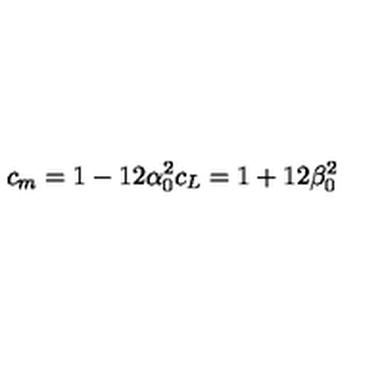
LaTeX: c _ { m } = 1 - 1 2 \alpha _ { 0 } ^ { 2 } c _ { L } = 1 + 1 2 \beta _ { 0 } ^ { 2 }